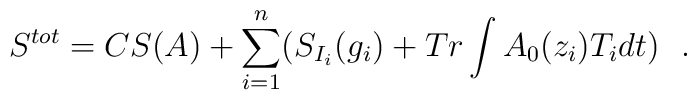
S^{tot} =CS(A)+\sum_{i=1}^{n}(S_{I_{i}}(g_{i}) +Tr\int A_{0}(z_{i})T_{i}dt)\ \ .